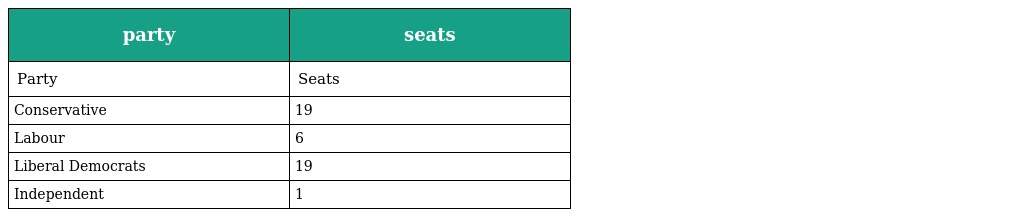
| party | seats |
 | --- | --- |
 | Party | Seats |
 | Conservative | 19 |
 | Labour | 6 |
 | Liberal Democrats | 19 |
 | Independent | 1 |